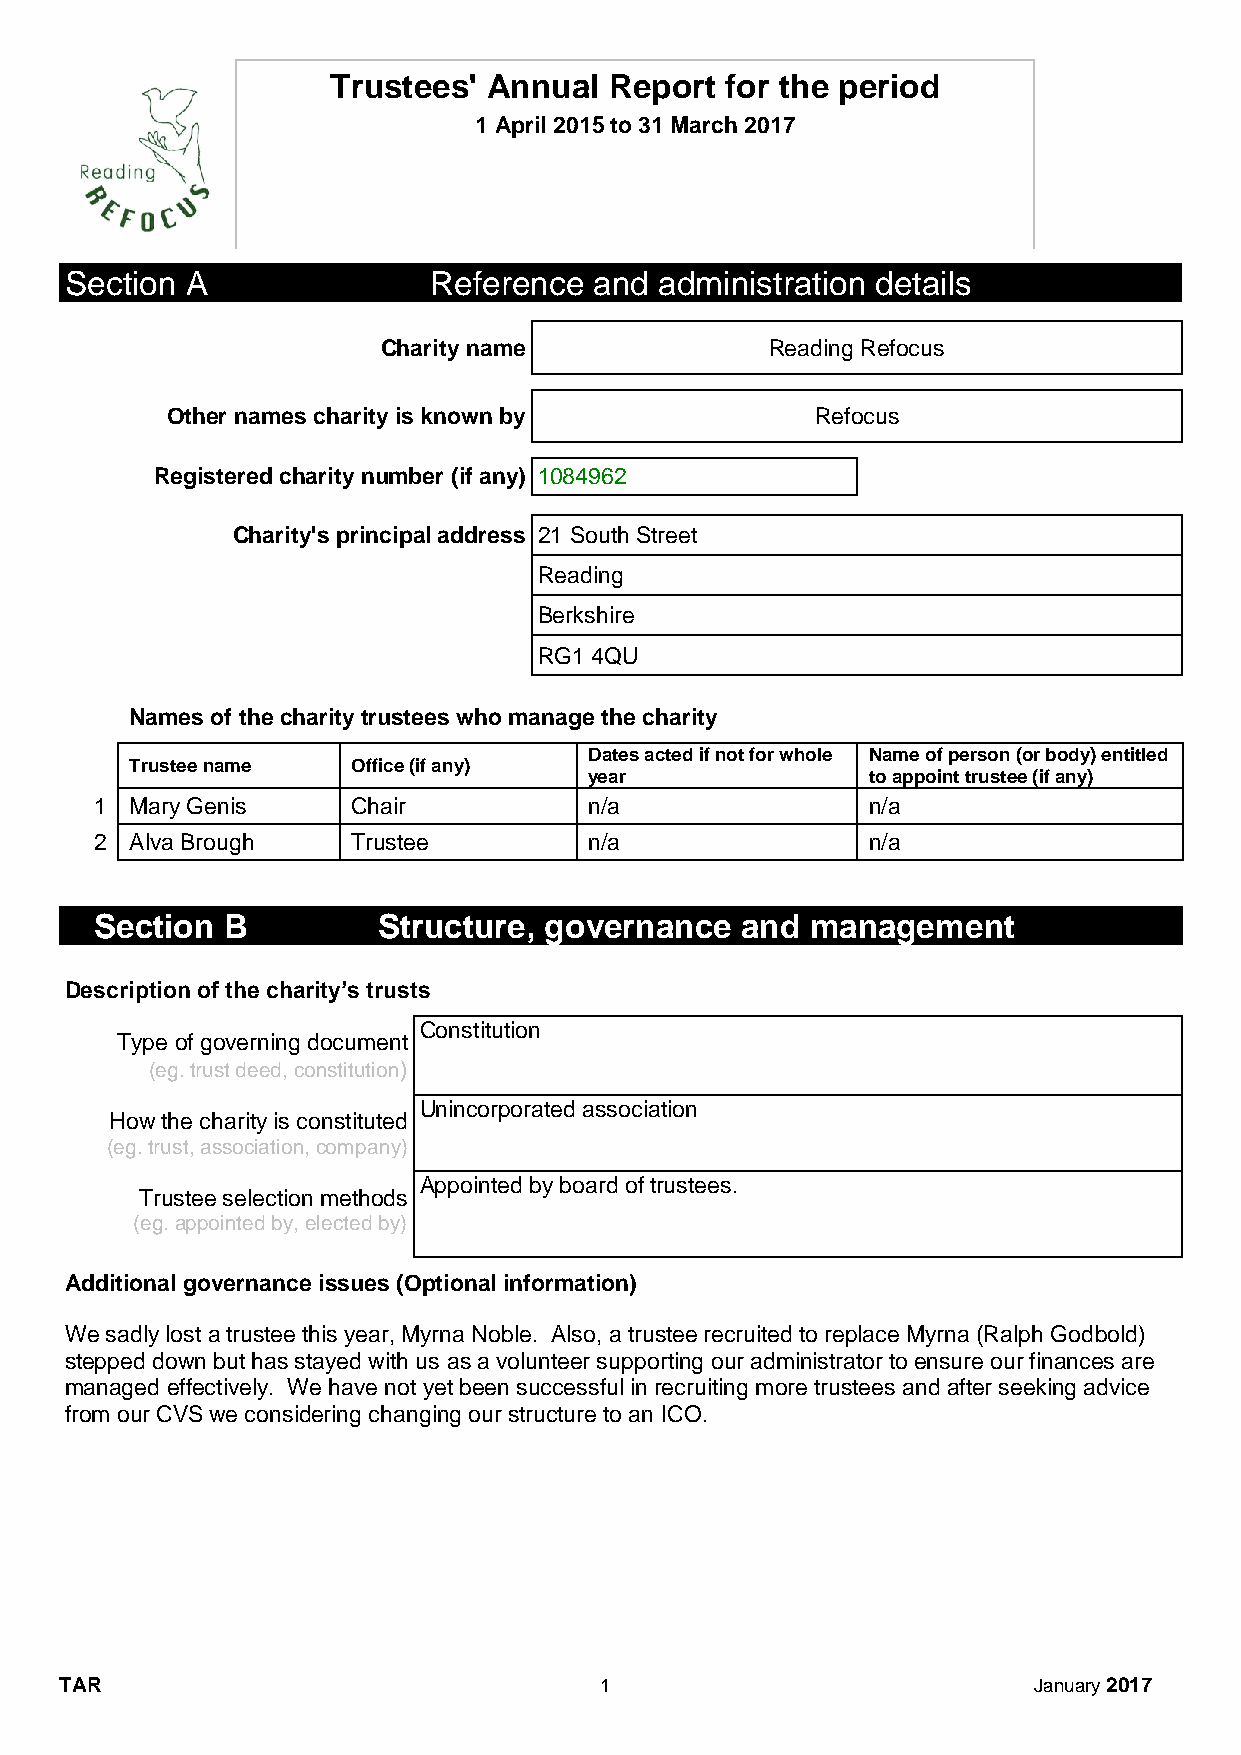
Trustees' Annual  Report  for the period
 1 April 2015 to 31 March 2017
 Section A               Reference  and  administration details
 Charity name              Reading Refocus
 Other names charity is known by            Refocus
 Registered charity number (if any) 1084962
 Charity's principal address 21 South Street
 Reading
 Berkshire
 RG1 4QU
 Names of the charity trustees who manage the charity
 Dates acted if not for whole Name of person (or body) entitled
 Trustee name  Office (if any)
 year              to appoint trustee (if any)
 1  Mary Genis    Chair           n/a               n/a
 2  Alva Brough   Trustee         n/a               n/a
 Section  B         Structure, governance   and  management
 Description of the charity’s trusts
 Constitution
 Type of governing document
 (eg. trust deed, constitution)
 Unincorporated association
 How the charity is constituted
 (eg. trust, association, company)
 Appointed by board of trustees.
 Trustee selection methods
 (eg. appointed by, elected by)
 Additional governance issues (Optional information)
 We sadly lost a trustee this year, Myrna Noble. Also, a trustee recruited to replace Myrna (Ralph Godbold)
 stepped down but has stayed with us as a volunteer supporting our administrator to ensure our finances are
 managed effectively. We have not yet been successful in recruiting more trustees and after seeking advice
 from our CVS we considering changing our structure to an ICO.
 TAR                                 1                           January 2017